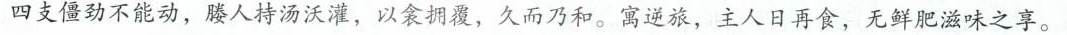
四支僵劲不能动，媵人持汤沃灌，以衾拥覆，久而乃和。寓逆旅，主人日再食，无鲜肥滋味之享。